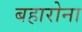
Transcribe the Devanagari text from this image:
बहारोना